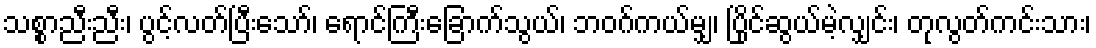
သစ္စာညီးညီး၊ ပွင့်လတ်ပြီးသော်၊ ရောင်ကြီးခြောက်သွယ်၊ ဘဝဂ်ကယ်မျှ၊ ပြိုင်ဆွယ်မဲ့လျှင်း၊ တုလွတ်ကင်းသား၊